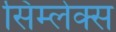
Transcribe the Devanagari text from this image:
सिम्लेक्स